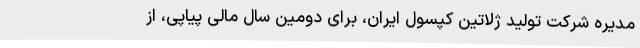
‌مدیره شرکت تولید ژلاتین کپسول ایران، برای دومین سال مالی پیاپی، از